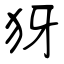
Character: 犽